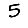
Digit: 5